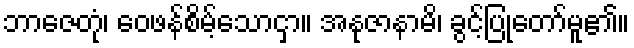
ဘာဇေတုံ၊ ဝေဖန်စိမ့်သောငှာ။ အနုဇာနာမိ၊ ခွင့်ပြုတော်မူ၏။